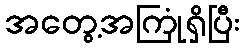
အတွေ့အကြုံရှိပြီး